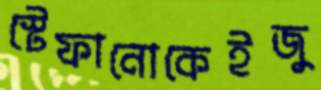
স্টেফানোকেইজু